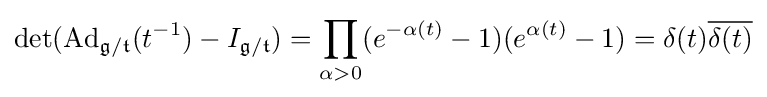
\det(\operatorname {Ad} _{{\mathfrak {g}}/{\mathfrak {t}}}(t^{-1})-I_{{\mathfrak {g}}/{\mathfrak {t}}})=\prod _{\alpha >0}(e^{-\alpha (t)}-1)(e^{\alpha (t)}-1)=\delta (t){\overline {\delta (t)}}